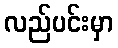
လည်ပင်းမှာ